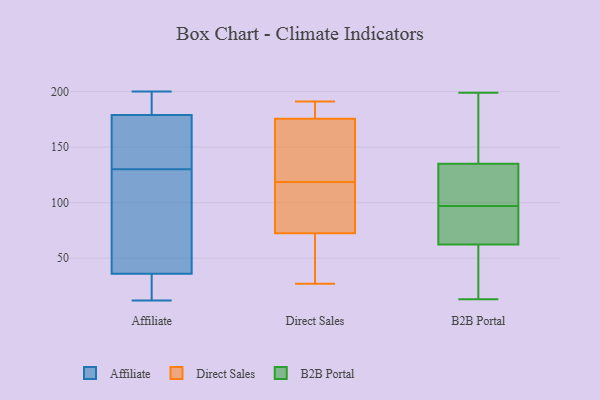
{"axis": {"x": "Market Share (%)", "y": "Value"}, "legend": ["Affiliate", "B2B Portal", "Direct Sales"], "data": [{"x": "", "y": 12, "type": "Affiliate"}, {"x": "", "y": 200, "type": "Affiliate"}, {"x": "", "y": 170, "type": "Affiliate"}, {"x": "", "y": 36, "type": "Affiliate"}, {"x": "", "y": 22, "type": "Affiliate"}, {"x": "", "y": 14, "type": "Affiliate"}, {"x": "", "y": 165, "type": "Affiliate"}, {"x": "", "y": 121, "type": "Affiliate"}, {"x": "", "y": 81, "type": "Affiliate"}, {"x": "", "y": 62, "type": "Affiliate"}, {"x": "", "y": 139, "type": "Affiliate"}, {"x": "", "y": 179, "type": "Affiliate"}, {"x": "", "y": 196, "type": "Affiliate"}, {"x": "", "y": 188, "type": "Affiliate"}, {"x": "", "y": 171, "type": "Direct Sales"}, {"x": "", "y": 177, "type": "Direct Sales"}, {"x": "", "y": 27, "type": "Direct Sales"}, {"x": "", "y": 118, "type": "Direct Sales"}, {"x": "", "y": 41, "type": "Direct Sales"}, {"x": "", "y": 174, "type": "Direct Sales"}, {"x": "", "y": 191, "type": "Direct Sales"}, {"x": "", "y": 119, "type": "Direct Sales"}, {"x": "", "y": 72, "type": "Direct Sales"}, {"x": "", "y": 96, "type": "Direct Sales"}, {"x": "", "y": 73, "type": "Direct Sales"}, {"x": "", "y": 191, "type": "Direct Sales"}, {"x": "", "y": 136, "type": "B2B Portal"}, {"x": "", "y": 13, "type": "B2B Portal"}, {"x": "", "y": 80, "type": "B2B Portal"}, {"x": "", "y": 105, "type": "B2B Portal"}, {"x": "", "y": 97, "type": "B2B Portal"}, {"x": "", "y": 137, "type": "B2B Portal"}, {"x": "", "y": 63, "type": "B2B Portal"}, {"x": "", "y": 199, "type": "B2B Portal"}, {"x": "", "y": 103, "type": "B2B Portal"}, {"x": "", "y": 189, "type": "B2B Portal"}, {"x": "", "y": 14, "type": "B2B Portal"}, {"x": "", "y": 31, "type": "B2B Portal"}, {"x": "", "y": 62, "type": "B2B Portal"}, {"x": "", "y": 126, "type": "B2B Portal"}, {"x": "", "y": 58, "type": "B2B Portal"}, {"x": "", "y": 186, "type": "B2B Portal"}, {"x": "", "y": 66, "type": "B2B Portal"}, {"x": "", "y": 95, "type": "B2B Portal"}, {"x": "", "y": 132, "type": "B2B Portal"}]}